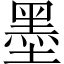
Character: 墨